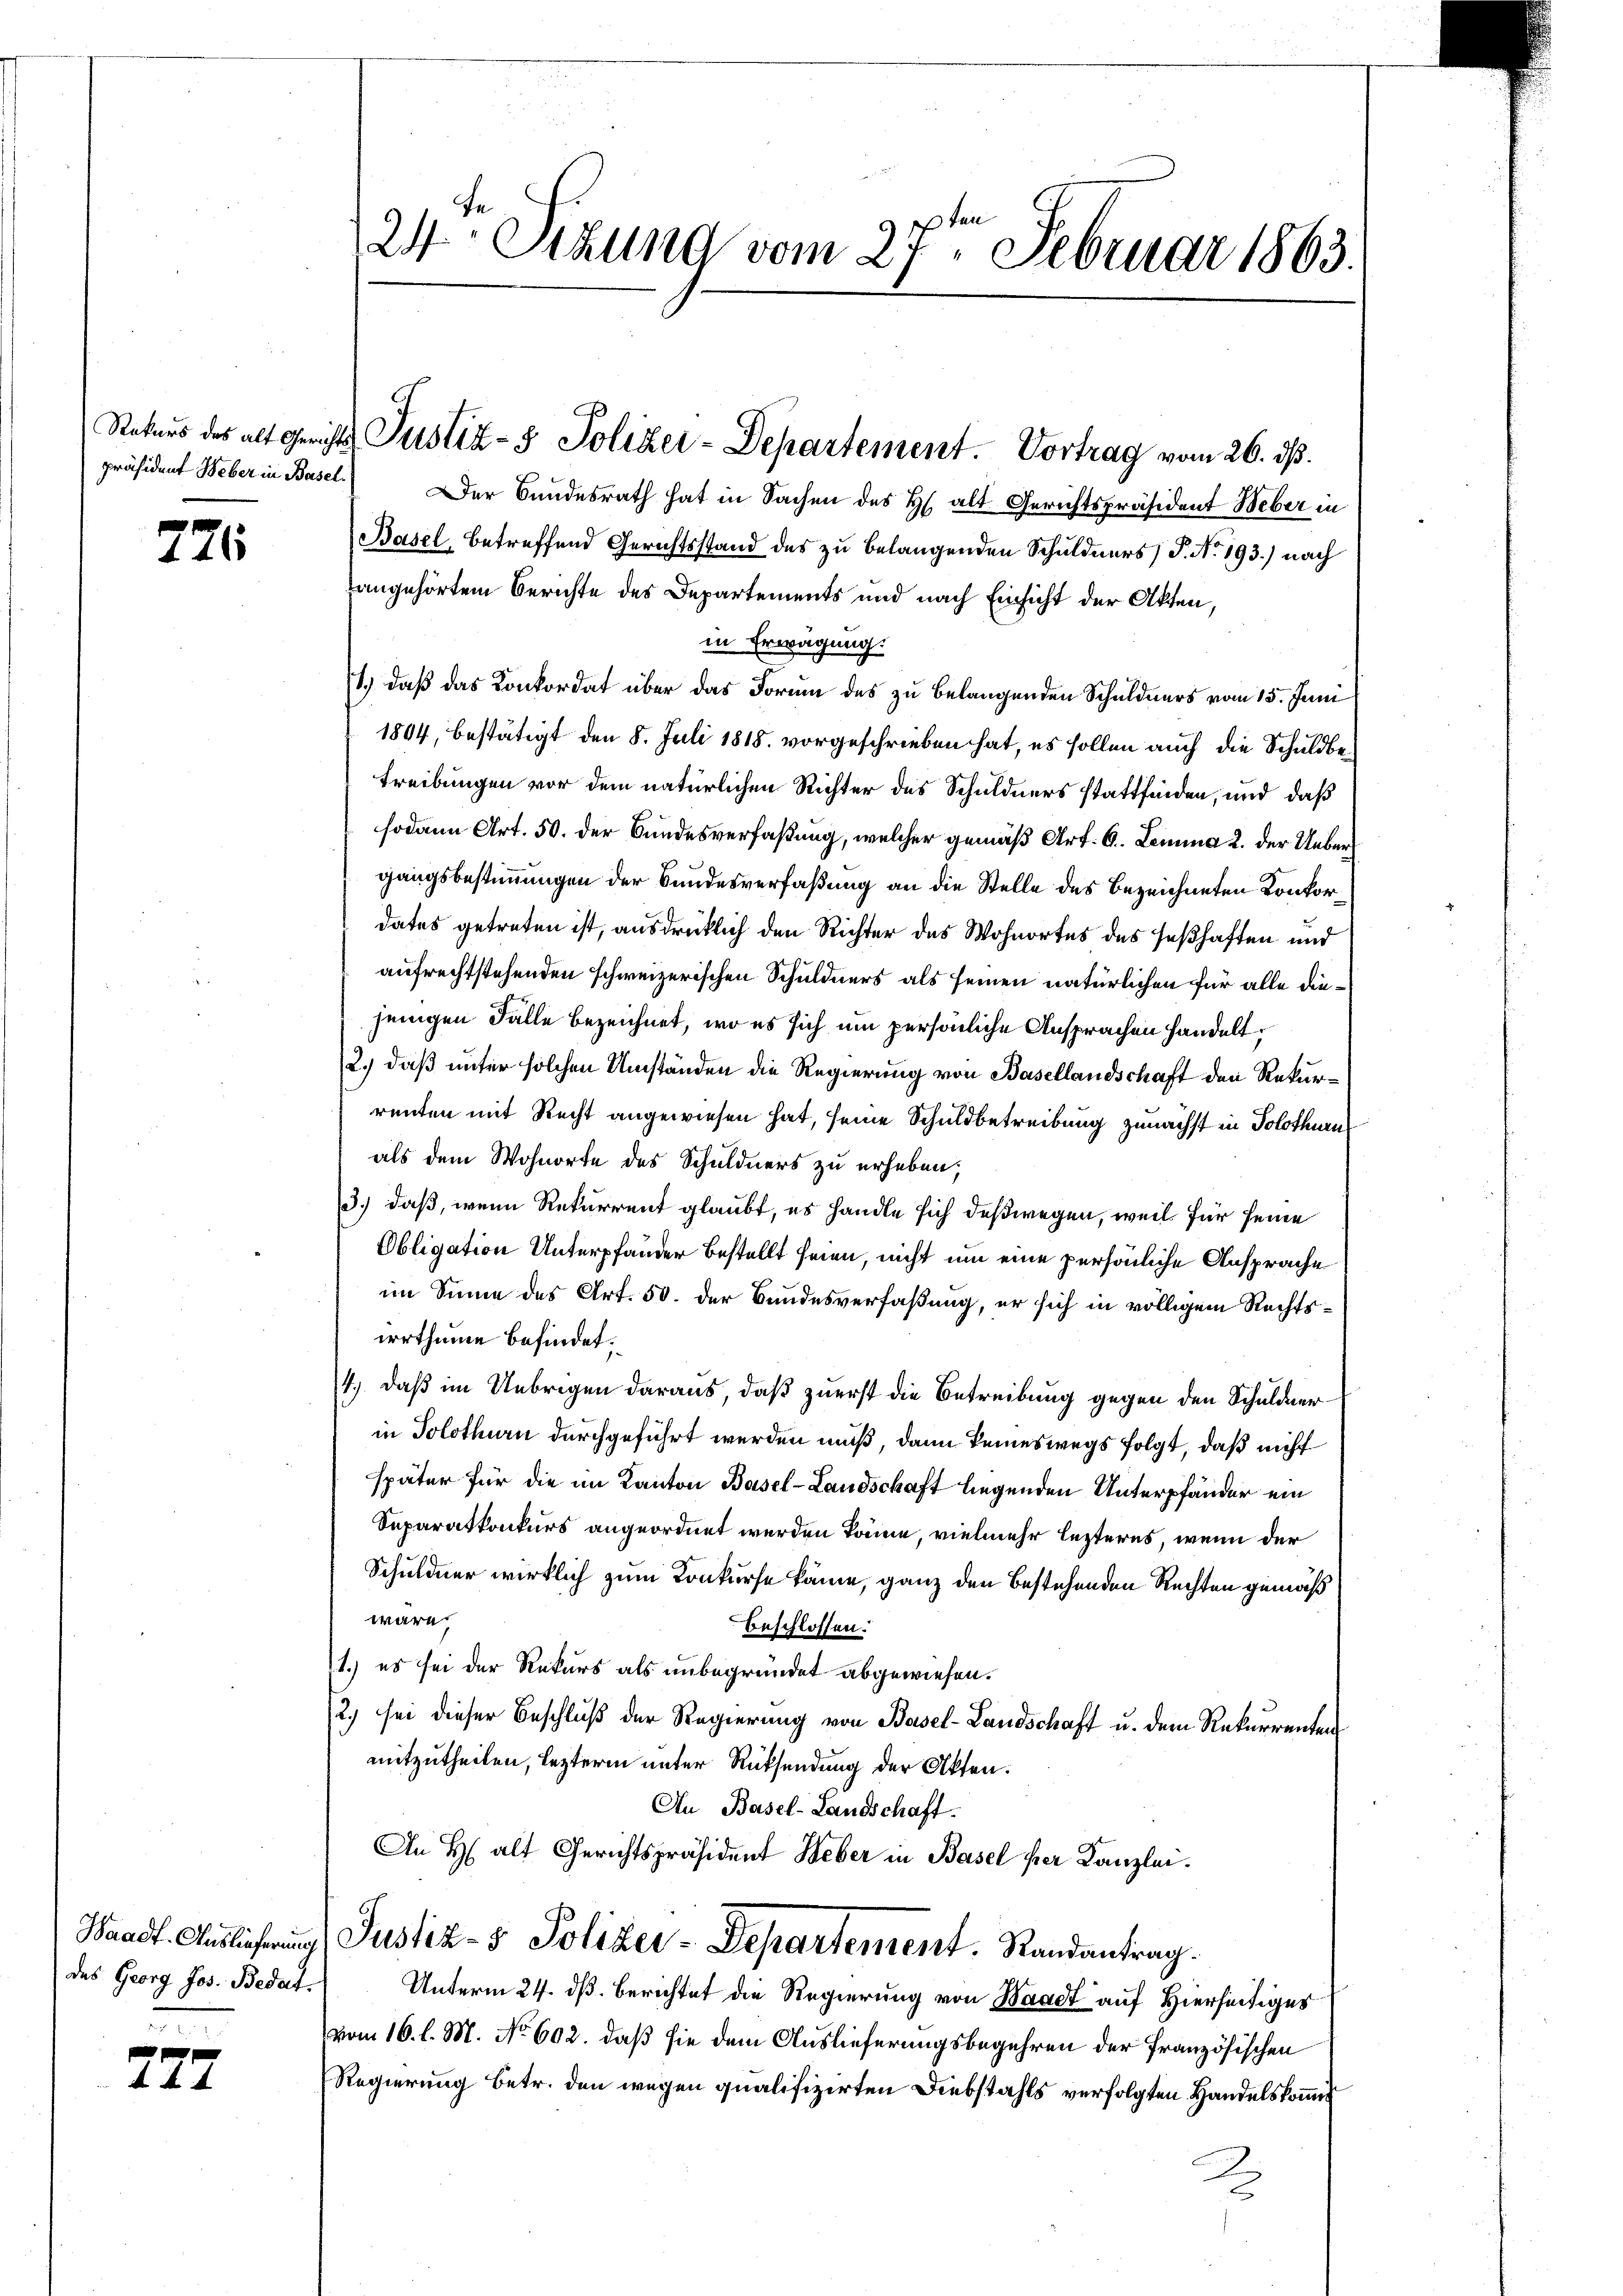
726

Waadt-Auslieferung
des Georg Jos. Bedat.

277

24ten Sizung vom 27te͇n Februar 1863.

Rekurs des altgerichts Justiz- & Polizei-Departement. Vortrag vom 26. ds.

präsident Weber in Basel) Der Bundesrath hat in Sachen des H. alt Gerichtspräsident Weber in
Basel, betreffend Gerichtsstand des zu belangenden Schuldners) P. Nr. 193.) nach
angehörtem Berichte des Departements und nach Einsicht der Akten,
in Erwägung.
1.) daß das Konkordat über das Forum des zu belangenden Schuldners vom 15. Juni
1804, bestätigt den 8. Juli 1818. vorgeschrieben hat, es sollen auch die Schuldbe¬
Treibungen vor dem natürlichen Richter des Schuldners stattfinden, und daß
sodann Art. 50. der Bundesverfaßung, welcher gemäß Art. 6. Lemma 2. der Uebergangsbestimmungen der Bundesverfaßung an die Stelle des bezeichneten Konkordates getreten ist, ausdrücklich den Richter des Wohnortes des seßhaften und
aufrechtstehenden schweizerischen Schuldners als seinen natürlichen für alle diejenigen Falle bezeichnet, wo es sich um persönliche Ansprachen handelt.
2.) daß unter solchen Umständen die Regierung von Basellandschaft den Rekurrenten mit Recht angewiesen hat, seine Schuldbetreibung zunächst in Solothurn
als dem Wohnorte des Schuldners zu erheben,
3.) daß, wenn Rekurrent glaubt, es handle sich deßwegen, weil für seine
Obligation Unterpfänder bestellt seien, nicht um eine persönliche Ansprache
im Sinne des Art. 50. der Bandesverfaßung, er sich in völligem Rechtsirrthume befindet.
4.) Daß im Uebrigen daraus, daß zuerst die Betreibung gegen den Schuldnerin Solothurn durchgeführt werden muß, dann keineswegs folgt, daß nicht
später für die im Kanton Basel-Landschaft liegenden Unterpfänder ein
Separatkonkurs angeordnet werden könne, vielmehr lezteres, wenn der
Schuldner wirklich zum Konkurse käme, ganz den bestehenden Rechten gemäß
wäre
beschlossen:
1.) es sei der Rekurs als unbegründet abgewiesen.
2) sei dieser Beschluß der Regierung von Basel-Landschaft u. dem Rekurrenten
mitzutheilen, lezteren unter Rücksendung der Akten.
An Basel-Landschaft.
An H. alt Gerichtspräsident Weber in Basel ser Kanzlei.
Justiz- & Polizei-Departement. Randantrag.
Unterm 24. dß. Berichtet die Regierung von Waadt auf Hierseitiger
vom 16. l. M. No 602. daß sie dem Auslieferungsbegehren der französischen
Regierung betr. den wegen qualifizirten Diebstahls verfolgten Handelskommis